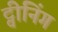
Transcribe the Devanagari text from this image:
ट्वीनिंग